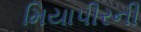
મિયાપીરની